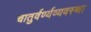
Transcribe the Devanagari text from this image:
चातुर्वर्ण्यव्यवस्था